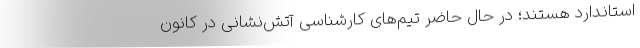
استاندارد هستند؛ در حال حاضر تیم‌های کارشناسی آتش‌نشانی در کانونِ